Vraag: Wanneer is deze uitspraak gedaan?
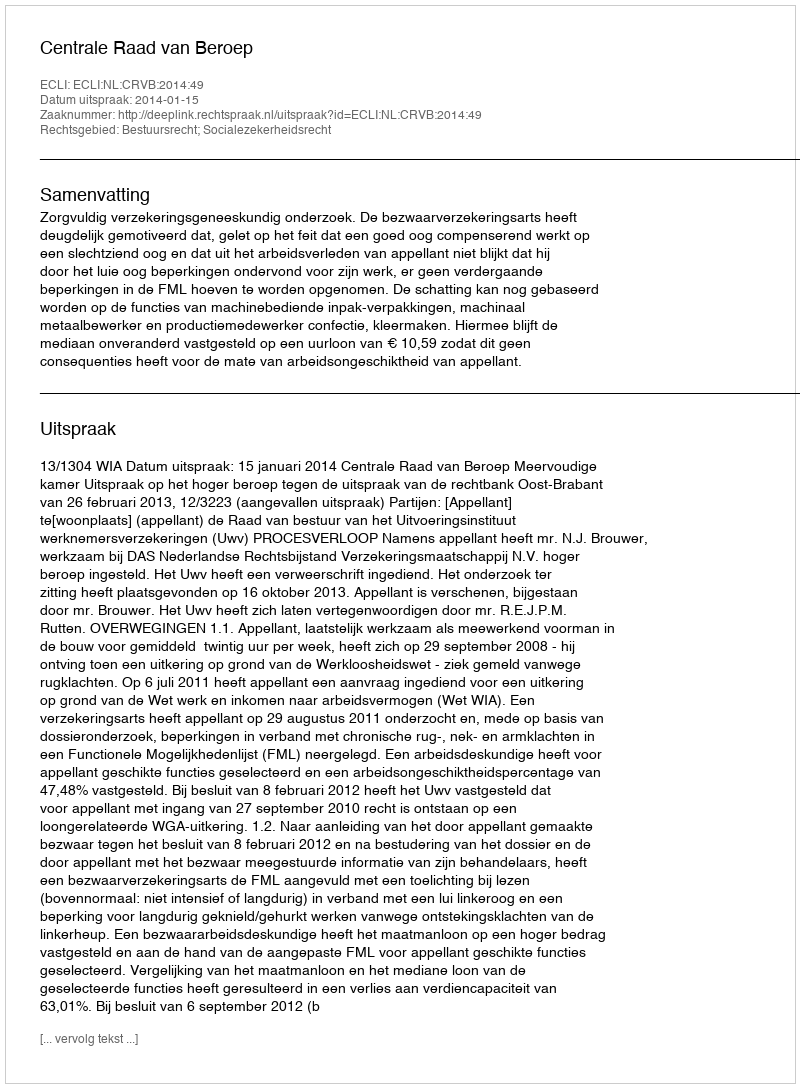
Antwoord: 2014-01-15